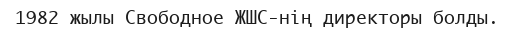
1982 жылы Свободное ЖШС-нің директоры болды.